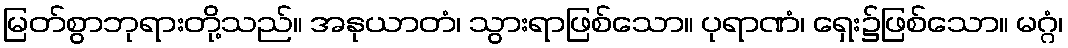
မြတ်စွာဘုရားတို့သည်။ အနုယာတံ၊ သွားရာဖြစ်သော။ ပုရာဏံ၊ ရှေး၌ဖြစ်သော။ မဂ္ဂံ၊